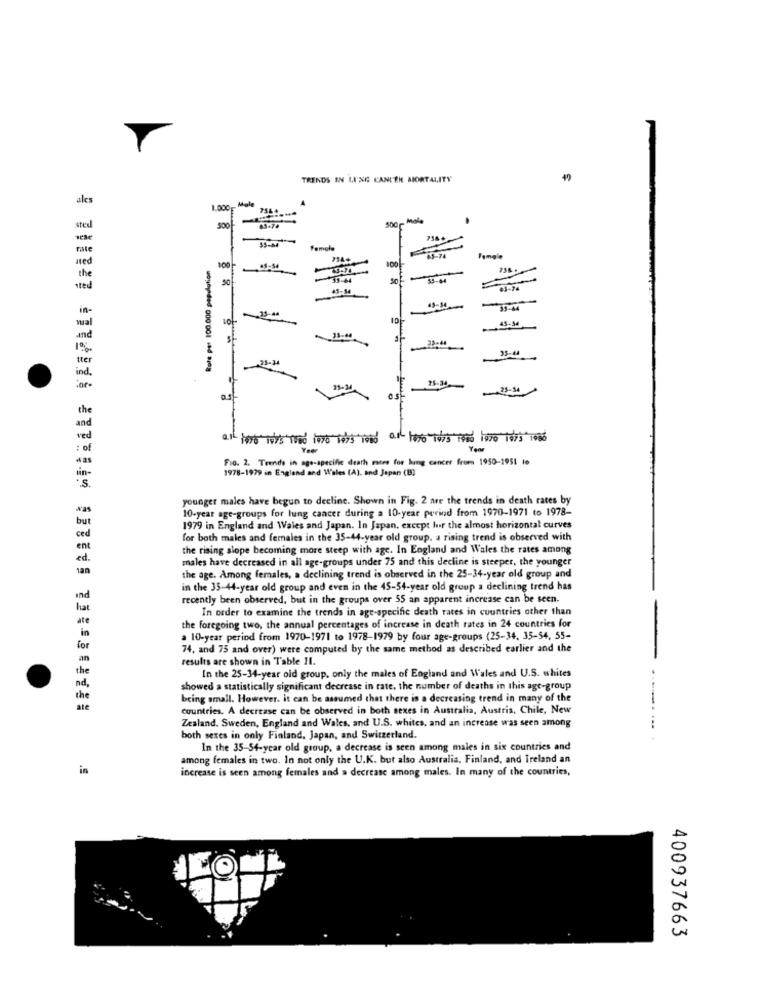
TRENDS IN LI'NE CANCER MIORTALITY
ales
1.000 Male
43-74
500- Mole
sted
Fate
Rote per 100.000 population
Female
100
50
33-44
53-44
sted
43-54
43-74
in-
33-44
43-34
and
35-44
23-44
35-44
tter
38-34
ind.
23-34
the
and
ved
: of
Your
Fio. 2. Trende in age-specific death rates for lung cancer from 1950-1951 to
1978-1979 in England and Wales (A), and Japan (B)
in-
.s.
younger males have begun to decline. Shown in Fig. 2 are the trends in death rates by
was
10-year age-groups for lung cancer during a 10-year period from 1970-1971 to 1978-
but
1979 in England and Wales and Japan. In Japan, except for the almost horizontal curves
ced
for both males and females in the 35-44-year old group, a rising trend is observed with
ent
the rising slope becoming more steep with age. In England and Wales the rates among
ed.
males have decreased in all age-groups under 75 and this decline is steeper, the younger
the age. Among females, a declining trend is observed in the 25-34-year old group and
in the 35-44-year old group and even in the 45-54-year old group a declining trend has
recently been observed, but in the groups over 55 an apparent increase can be seen.
In order to examine the trends in age-specific death rates in countries other than
ate
in
the foregoing two, the annual percentages of increase in death rates in 24 countries for
a 10-year period from 1970-1971 to 1978-1979 by four age-groups (25-34, 35-54, 55-
for
74, and 75 and over) were computed by the same method as described earlier and the
an
results are shown in Table 11.
the
In the 25-34-year oid group, only the males of England and Wales and U.S. whites
nd ,
showed a statistically significant decrease in rate, the number of deaths in this age-group
the
being small. However. it can be assumed that there is a decreasing trend in many of the
ate
countries. A decrease can be observed in both sexes in Australia, Austria, Chile, New
Zealand. Sweden, England and Wales, and U.S. whites, and an increase was seen among
both sexes in only Finland, Japan, and Switzerland.
In the 35-54-year old group, a decrease is seen among males in six countries and
among females in two. In not only the U.K. but also Australia, Finland, and Ireland an
in
increase is seen among females and a decrease among males. In many of the countries,
400937663